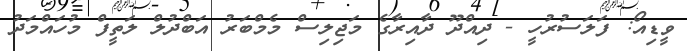
ވީޑިއޯ: ފަލަސުރުހީ - ދިއްދޫ ދާއިރާގެ މަޖިލިސް މެމްބަރު އަބްދުލް ލަތީފް މުހައްމަދު